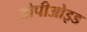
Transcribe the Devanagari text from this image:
ओपीओइड